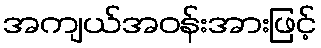
အကျယ်အဝန်းအားဖြင့်